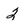
Character: 2